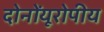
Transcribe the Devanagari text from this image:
दोनोंयूरोपीय